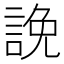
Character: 𧨕